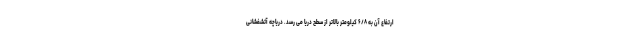
ارتفاع آن به ۶/۸ کیلومتر بالاتر از سطح دریا می رسد. دریاچه آتشفشانی